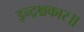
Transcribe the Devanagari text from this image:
इन्द्रश्चकार॥